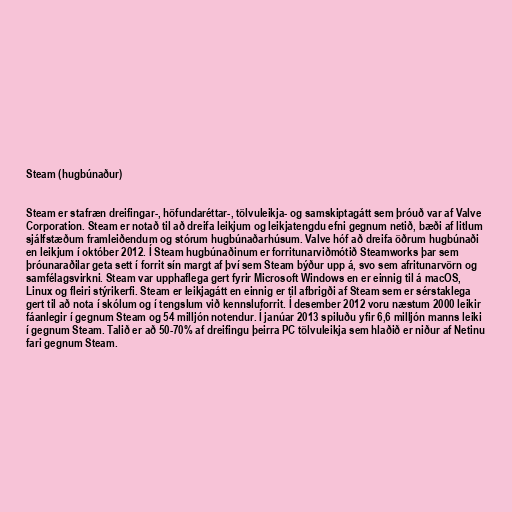
Steam (hugbúnaður)

Steam er stafræn dreifingar-, höfundaréttar-, tölvuleikja- og samskiptagátt sem þróuð var af Valve
Corporation. Steam er notað til að dreifa leikjum og leikjatengdu efni gegnum netið, bæði af litlum
sjálfstæðum framleiðendum og stórum hugbúnaðarhúsum. Valve hóf að dreifa öðrum hugbúnaði
en leikjum í október 2012. Í Steam hugbúnaðinum er forritunarviðmótið Steamworks þar sem
þróunaraðilar geta sett í forrit sín margt af því sem Steam býður upp á, svo sem afritunarvörn og
samfélagsvirkni. Steam var upphaflega gert fyrir Microsoft Windows en er einnig til á macOS,
Linux og fleiri stýrikerfi. Steam er leikjagátt en einnig er til afbrigði af Steam sem er sérstaklega
gert til að nota í skólum og í tengslum við kennsluforrit. Í desember 2012 voru næstum 2000 leikir
fáanlegir í gegnum Steam og 54 milljón notendur. Í janúar 2013 spiluðu yfir 6,6 milljón manns leiki
í gegnum Steam. Talið er að 50-70% af dreifingu þeirra PC tölvuleikja sem hlaðið er niður af Netinu
fari gegnum Steam.